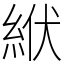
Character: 絥